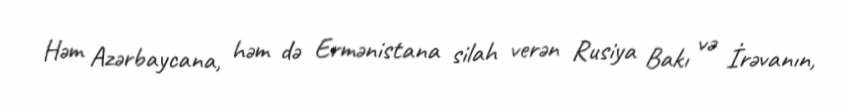
Həm Azərbaycana, həm də Ermənistana silah verən Rusiya Bakı və İrəvanın,